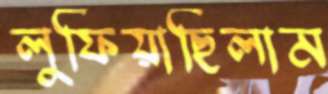
লুফিয়াছিলাম